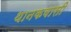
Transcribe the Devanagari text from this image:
थानकवासी